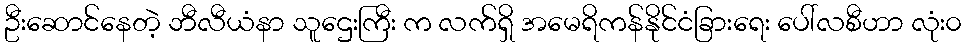
ဦးဆောင်နေတဲ့ ဘီလီယံနာ သူဌေးကြီး က လက်ရှိ အမေရိကန်နိုင်ငံခြားရေး ပေါ်လစီဟာ လုံး၀